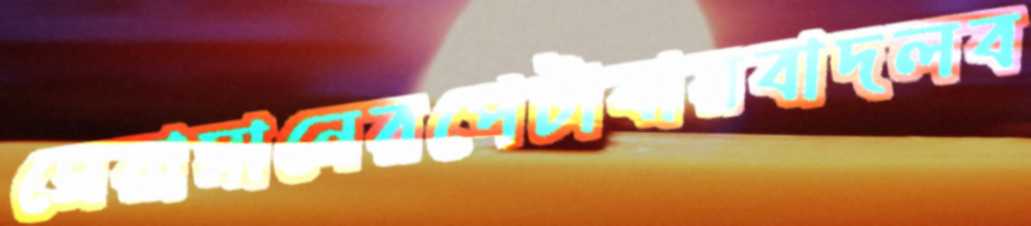
সেরামানেরপেটাবারবাদলব